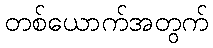
တစ်ယောက်အတွက်